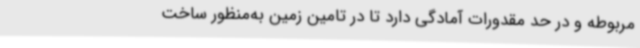
مربوطه و در حد مقدورات آمادگی دارد تا در تامین زمین به‌منظور ساخت